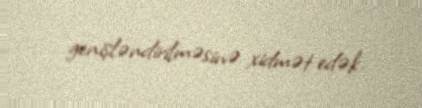
genişləndirilməsinə xidmət edək.